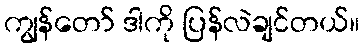
ကျွန်တော် ဒါကို ပြန်လဲချင်တယ်။